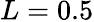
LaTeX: L=0.5